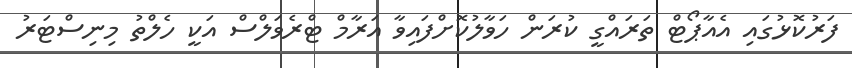
ފަރުކޮޅުގައި އެއާޕޯޓް ތަރައްގީ ކުރަން ހަވާލުކޮށްފައިވާ އަރާމް ޓްރެވަލްސް އަކީ ހެލްތު މިނިސްޓަރު